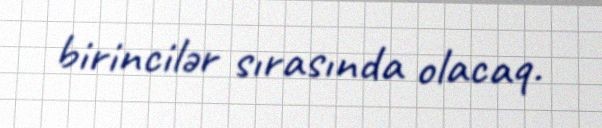
birincilər sırasında olacaq.